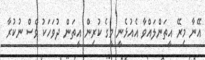
އޭނާ މިރޭ އީތަންލައްވާ އެއުޅެނީ މީގެ ކުރިން އީތަން ދުވަހަކު ވެސް ނުކުރާ